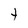
Character: t